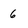
Character: 6